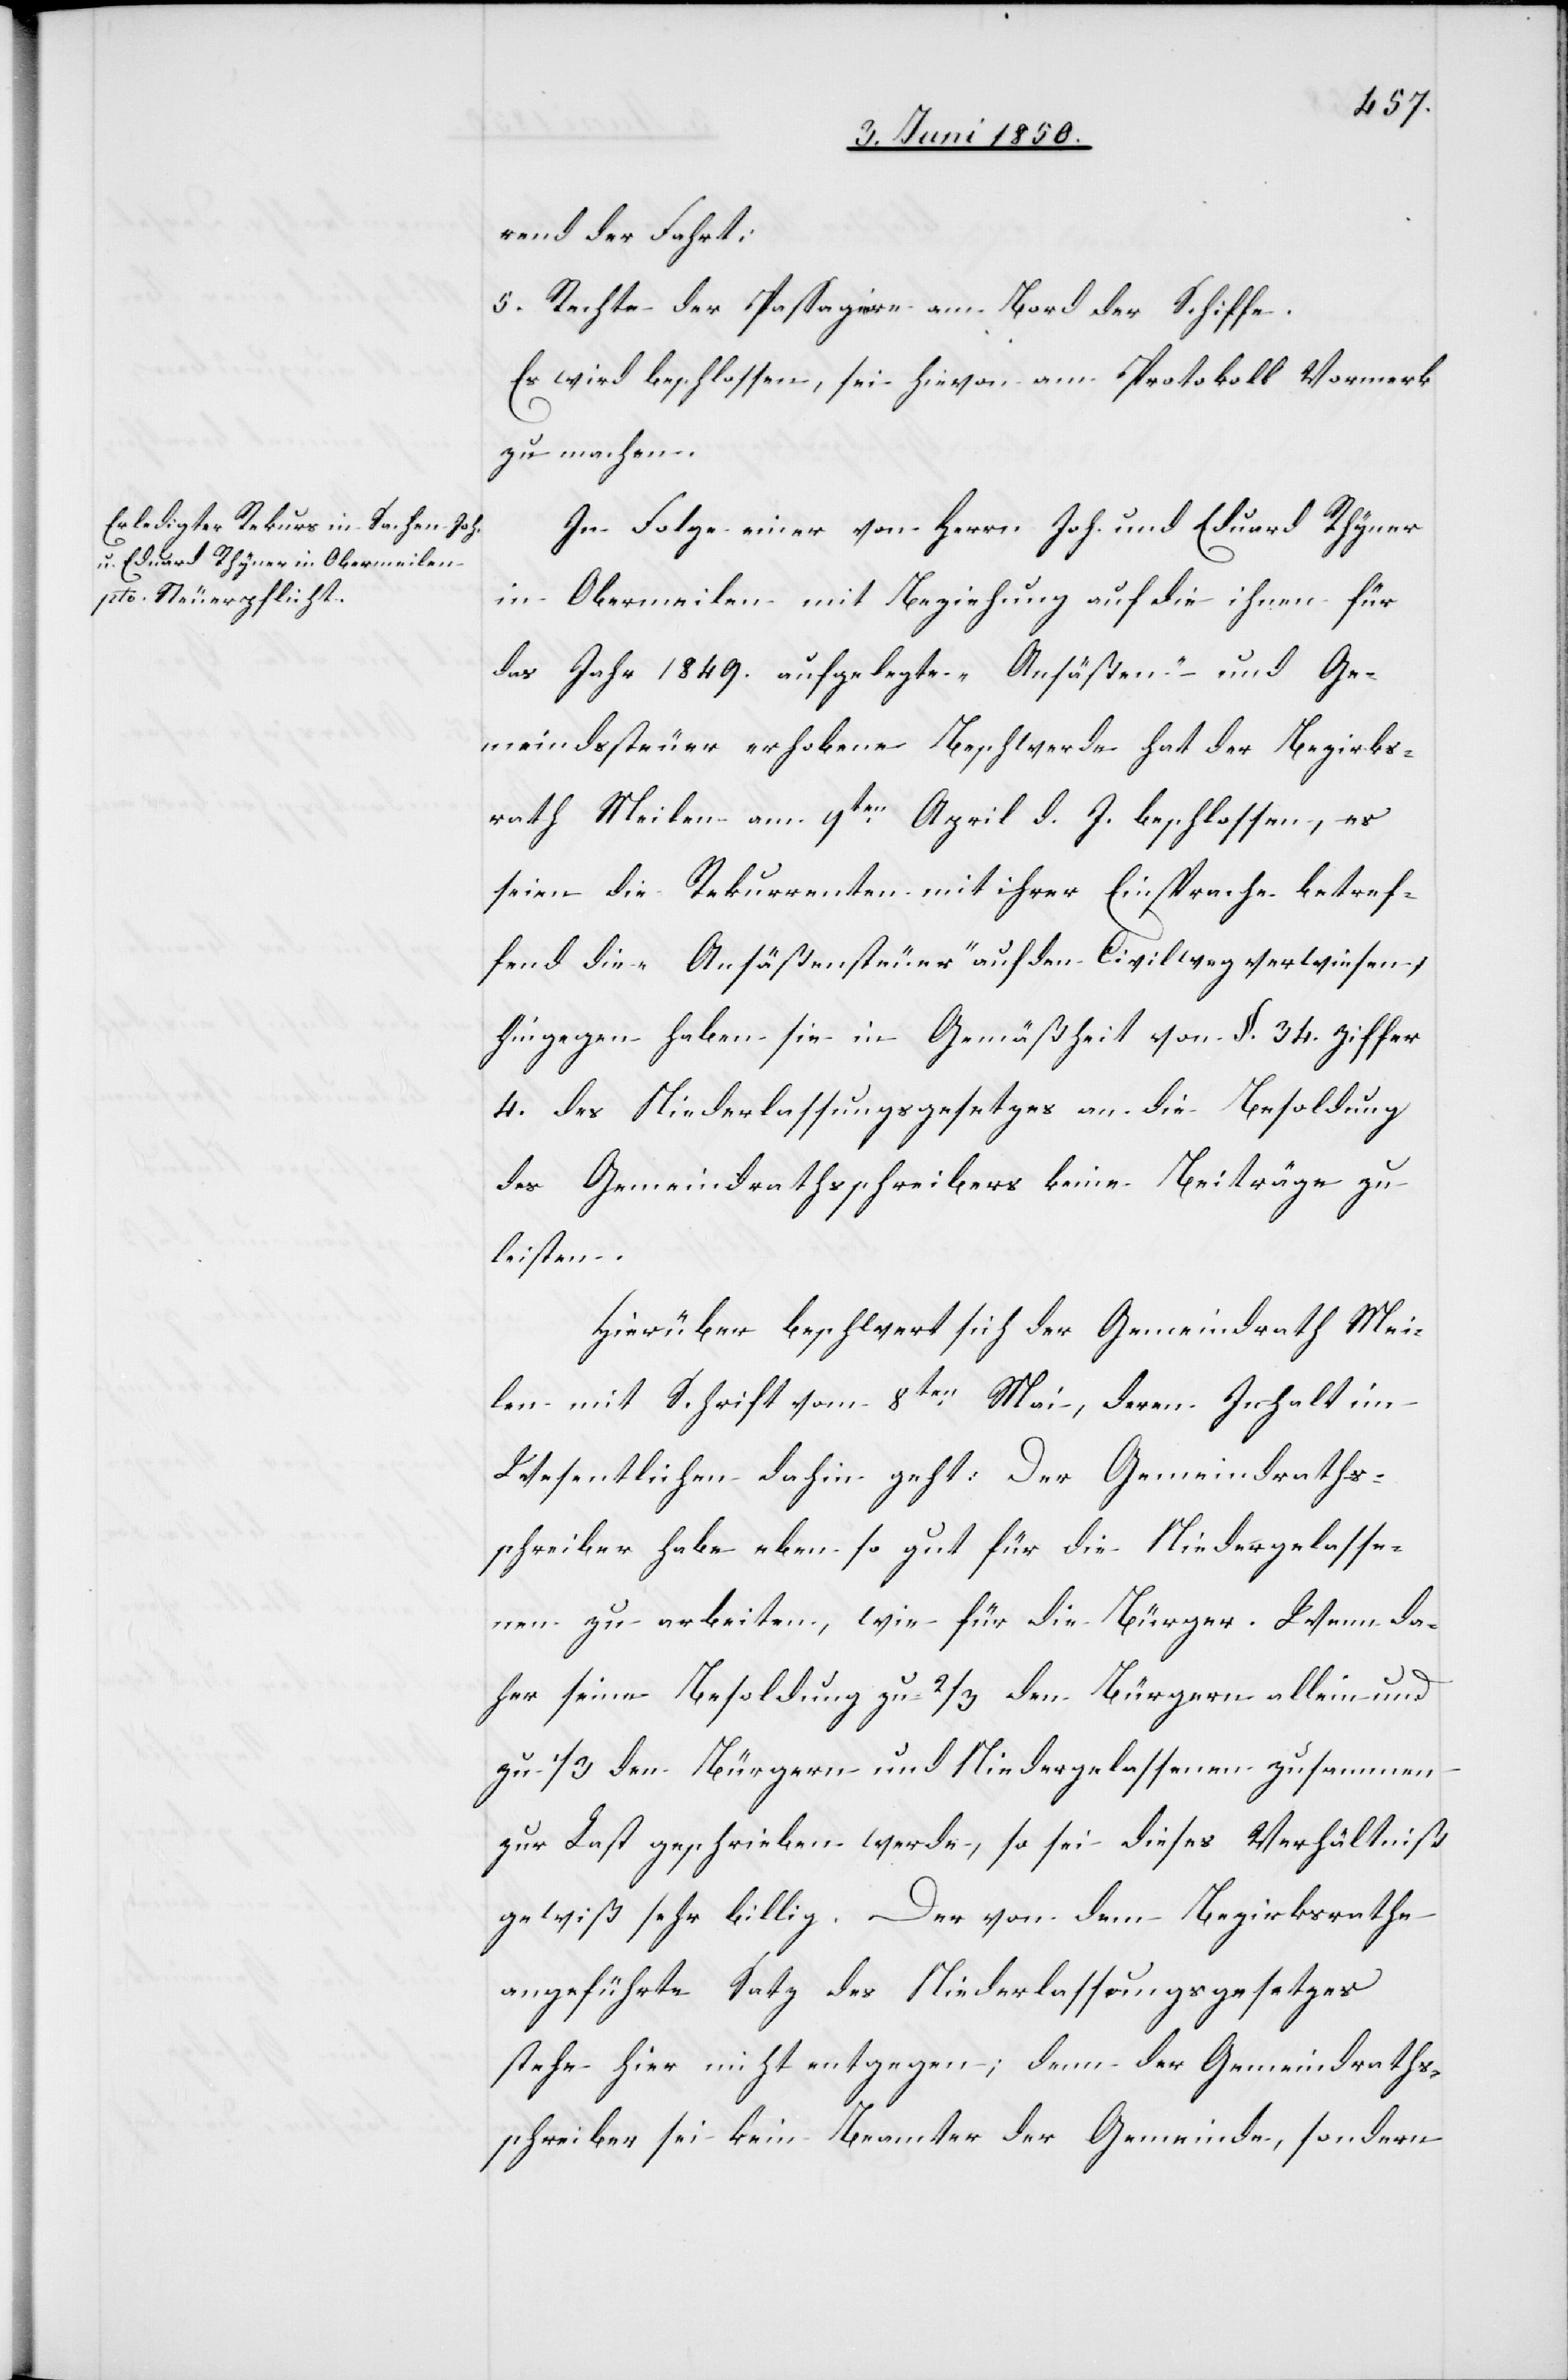
rend der Fahrt;
5. Rechte der Passagiere am Bord der Schiffe.
Es wird beschlossen, sei hievon am Protokoll Vormerk
zu machen.
In Folge einer von Herrn Joh. und Eduard Rhyner
in Obermeilen mit Beziehung auf die ihnen für
das Jahr 1849. aufgelegte „Ansäßen-“ und Ge¬
meindssteuer erhobene Beschwerde hat der Bezirks¬
rath Meilen am 9ten April d. J. beschlossen, es
seien die Rekurrenten mit ihrer Einsprache betref¬
fend die „Ansäßensteuer“ auf den Civilweg verwiesen,
hingegen haben sie in Gemäßheit von §. 34. Ziffer
4. des Niederlassungsgesetzes an die Besoldung
des Gemeindrathsschreibers keine Beiträge zu
leisten.
Hierüber beschwert sich der Gemeindrath Mei¬
len mit Schrift vom 8ten Mai, deren Inhalt im
Wesentlichen dahin geht: Der Gemeindraths¬
schreiber habe eben so gut für die Niedergelasse¬
nen zu arbeiten, wie für die Bürger. Wenn da¬
her seine Besoldung zu 2/3 den Bürgern allein und
zu 1/3 den Bürgern und Niedergelassenen zusammen
zur Last geschrieben werde, so sei dieses Verhältniß
gewiß sehr billig. Der von dem Bezirksrathe
angeführte Satz des Niederlassungsgesetzes
stehe hier nicht entgegen; denn der Gemeindraths¬
schreiber sei kein Beamter der Gemeinde, sondern